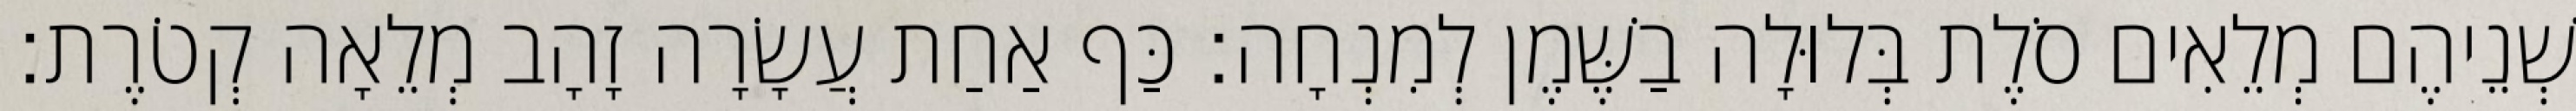
שְׁנֵיהֶם מְלֵאִים סֹלֶת בְּלוּלָה בַשֶּׁמֶן לְמִנְחָה׃ כַּף אַחַת עֲשָׂרָה זָהָב מְלֵאָה קְטֹרֶת׃